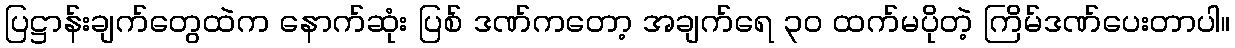
ပြဋ္ဌာန်းချက်တွေထဲက နောက်ဆုံး ပြစ် ဒဏ်ကတော့ အချက်ရေ ၃၀ ထက်မပိုတဲ့ ကြိမ်ဒဏ်ပေးတာပါ။